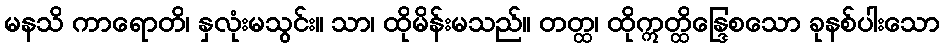
မနသိ ကာရောတိ၊ နှလုံးမသွင်း။ သာ၊ ထိုမိန်းမသည်။ တတ္ထ၊ ထိုဣတ္ထိန္ဒြေစသော ခုနစ်ပါးသော